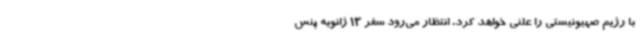
با رژیم صهیونیستی را علنی خواهد کرد. انتظار می‌رود سفر 13 ژانویه پنس